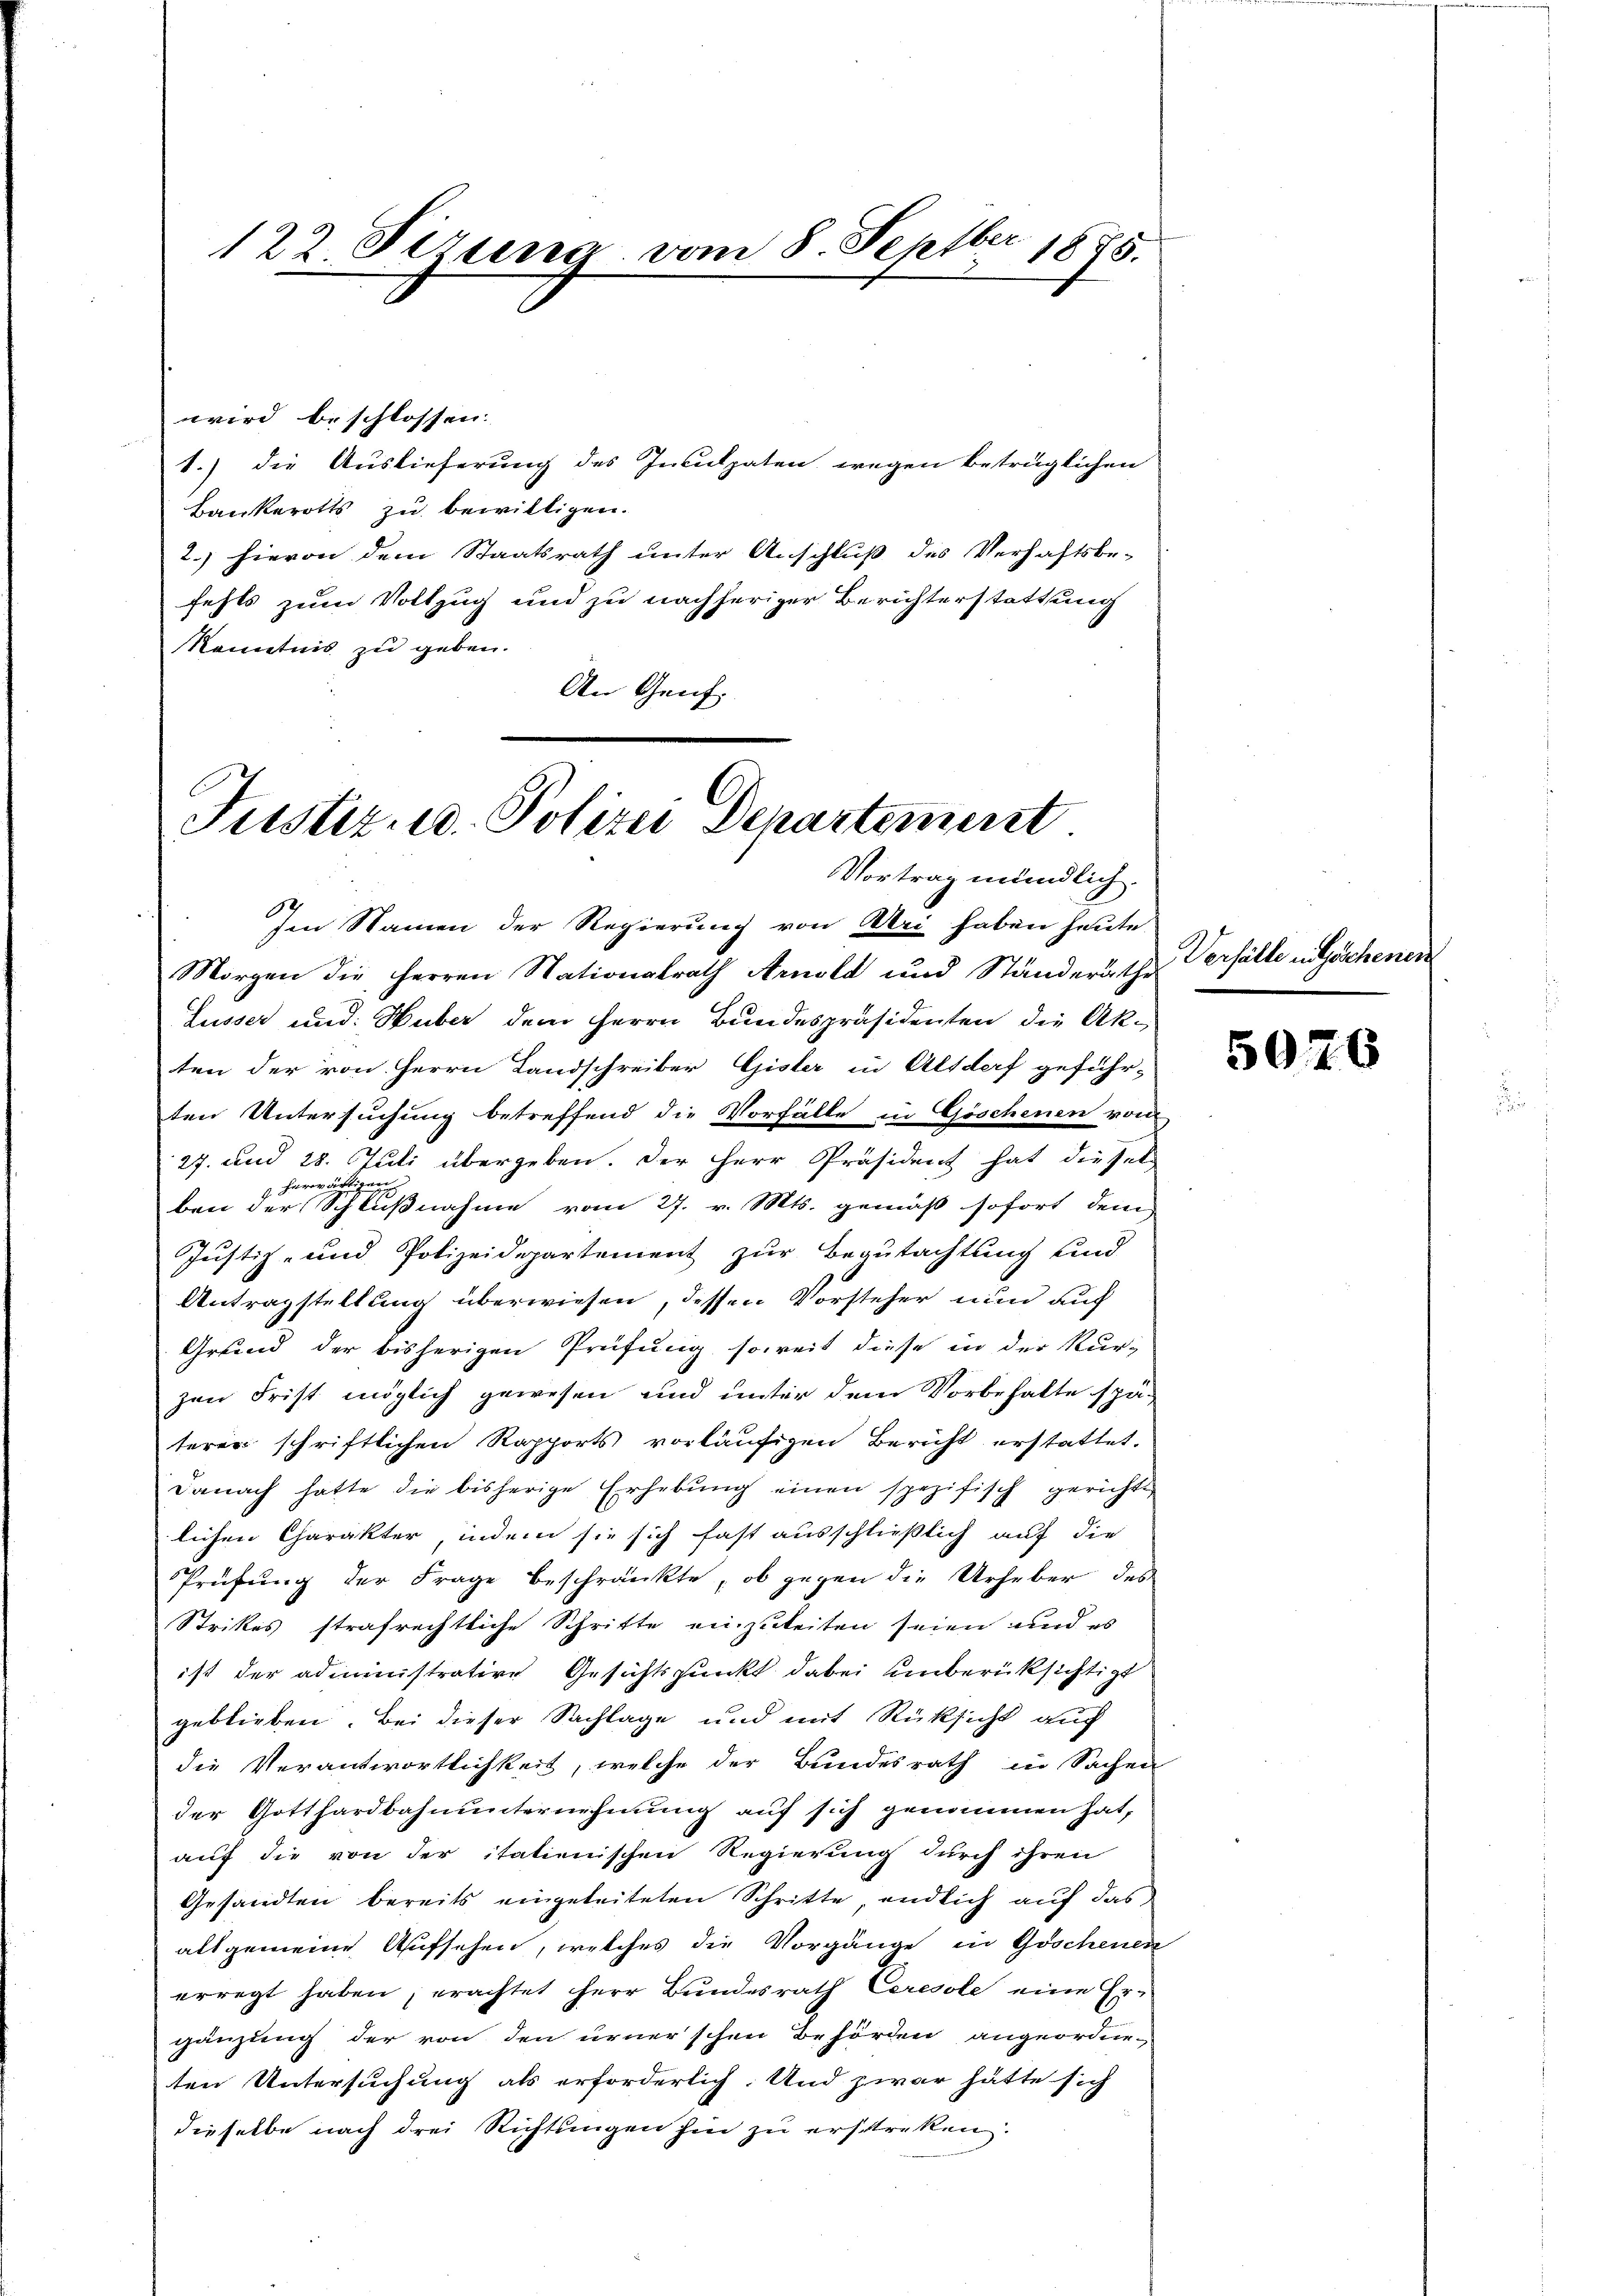
122 Sizung vom 8. Septbr 1875.

wird beschlossen.
1.) die Auslieferung des Inculpaten wegen betrüglichen
Bankerotts zu bewilligen.
2.) Hievon dem Staatsrath unter Anschluß des Verhaftsbe-
fests zum Vollzug und zu nachheriger Berichterstattung
Kenntnis zu geben.
An Genf.

Justiz- u. Polizei Departement
Vortrag mündlich.

Im Namen der Regierung von Uri haben heute
Morgen die Herren Nationalrath Arnold und Ständeräthe
Lusser und: Huber dem Herrn Bundespräsidenten die Ak-
ten der von Herrn Landschreiber Gisler in Altdorf geführ-
ten Untersuchung betreffend die Vorfälle in Göschenen von
27. und 25. Juli übergeben. Der Herr Präsident hat diesel
7. Herreicht
ben der Schlußnahme vom 27. v. Mts. gemäß sofort dem
Justiz- und Polizeidepartement zur Begutachtung und
Antragstellung überwiesen, dessen Vorsteher nun auf
Grund der bisherigen Prüfung soweit diese in der Kur-
zen Frist möglich gewesen und unter dem Vorbehalte späterer schriftlichen Rapports vorläufigen Bericht erstattet.
danach hatte die bisherige Erhebŭng einen spezifisch gerichte
lichen Charakter, indem sie sich fast ausschließlich auf die
Prüfung der Frage beschränkte, ob gegen die Urheber des
Strikes strafrechtliche Schritte einzuleiten seien und es
ist der administrative Gesichtspunkt dabei unberücksichtigt
geblieben. Bei dieser Sachlage und mit Rücksicht auch
die Verantwortlichkeit, welche der Bundesrath in Sachen
der Gotthardbahnunternehmung auf sich genommen hat,
auf die von der italienischen Regierung durch ihren
Gesandten bereits eingeleiteten Schritte, endlich auf das
allgemeine Aufsehen, welches die Vorgänge in Goschenen
.
erregt haben, erachtet herr Bundesrath Ceresole eine Er-
gänzung der von den urner’schen Behörden angeordneten Untersuchung als erforderlich. Und zwar hätte sich
dieselbe nach drei Richtungen hin zu erstreken.

Verhälte in Göschener

5076